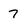
Character: 7